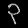
Digit: ၃